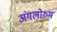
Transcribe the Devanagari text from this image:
अंगलोरुम